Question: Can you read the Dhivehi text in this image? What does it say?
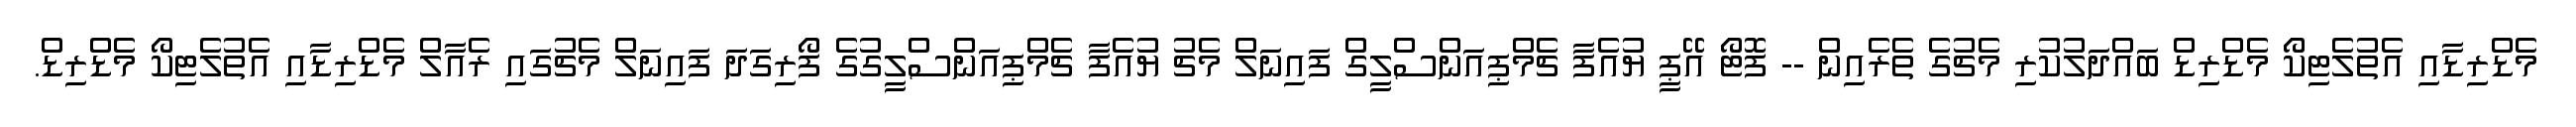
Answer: މެޑްރިޑާއި އެތުލެޓިކޯ މެޑްރިޑް ބައްދަލުކުރި މެޗުގެ ތެރެއިން -- ފޮޓޯ އޭޕީ ޔުއެފާ ޗެމްޕިއަންސްލީގް ފައިނަލް މެޗު ޔުއެފާ ޗެމްޕިއަންސްލީގުގެ ފޯރިގަދަ ފައިނަލް މެޗުގައި ރެއާލް މެޑްރިޑާއި އެތުލެޓިކޯ މެޑްރިޑް.